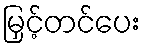
မြှင့်တင်ပေး